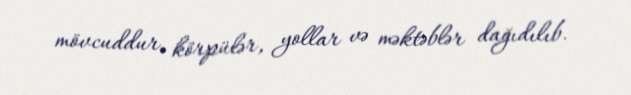
mövcuddur, körpülər, yollar və məktəblər dağıdılıb.